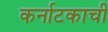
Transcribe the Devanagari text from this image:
कर्नाटकाची